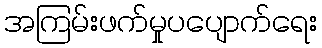
အကြမ်းဖက်မှုပပျောက်ရေး